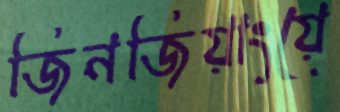
জিনজিয়াংয়ে